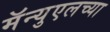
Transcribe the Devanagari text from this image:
मॅन्युएलच्या